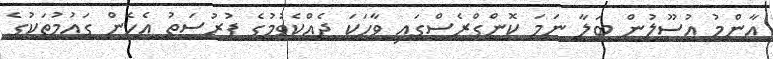
އާންމު އުސޫލުން ބަލާ ނަމަ ކޮންގްރެސްގައި ވާހަކަ ދެއްކެވުމުގެ ފުރުސަތު އެހެން ގައުމުތަކުގެ